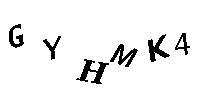
GYHMK4